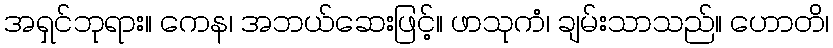
အရှင်ဘုရား။ ကေန၊ အဘယ်ဆေးဖြင့်။ ဖာသုကံ၊ ချမ်းသာသည်။ ဟောတိ၊